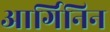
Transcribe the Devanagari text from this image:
आर्गिनिन